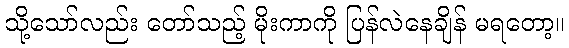
သို့သော်လည်း တော်သည့် မိုးကာကို ပြန်လဲနေချိန် မရတော့။